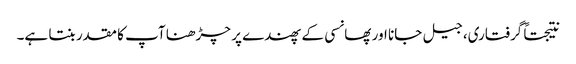
نتیجتاً گرفتاری، جیل جانا اور پھانسی کے پھندے پر چڑھنا آپ کا مقدر بنتا ہے۔